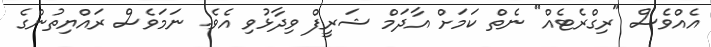
އެއްވެސް "ރިގްރެޓެއް" ނެތް ކަމަށް އާދަމް ޝަރީފް ވިދާޅުވި އެވެ. ނަމަވެސް ރައްޔިތުންގެ